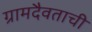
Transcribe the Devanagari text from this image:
ग्रामदैवताची